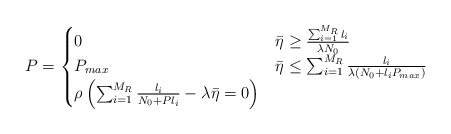
\begin{align*}P = \begin{cases} 0 & \bar{\eta} \geq \frac{\sum_{i=1}^{M_R}l_i}{\lambda N_0} \\ P_{max} & \bar{\eta} \leq \sum_{i=1}^{M_R} \frac{ {l_i}}{\lambda\left(N_0 + l_i P_{max}\right)}\\ \rho\left(\sum_{i=1}^{M_R}\frac{l_i}{N_0 + P l_i} - \lambda \bar{\eta} =0 \right) & \end{cases}\end{align*}